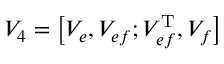
{ \cal V } _ { 4 } = \big [ { \cal V } _ { e } , { \cal V } _ { e f } ; { \cal V } _ { e f } ^ { \mathrm { T } } , { \cal V } _ { f } \big ]